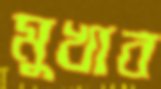
মুখাব